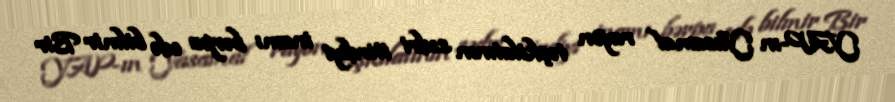
YAP-ın Yasamal rayon təşkilatının sədri itirdiyi inamı bərpa edə bilmir Bir